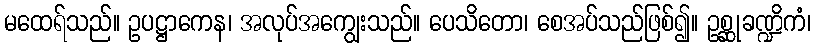
မထေရ်သည်။ ဥပဋ္ဌာကေန၊ အလုပ်အကျွေးသည်။ ပေသိတော၊ စေအပ်သည်ဖြစ်၍။ ဥစ္ဆုခဏ္ဍိကံ၊